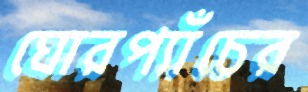
ঘোরপ্যাঁচের